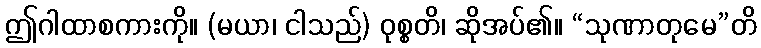
ဤဂါထာစကားကို။ (မယာ၊ ငါသည်) ဝုစ္စတိ၊ ဆိုအပ်၏။ “သုဏာတုမေ”တိ